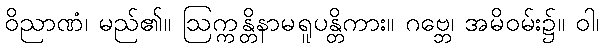
ဝိညာဏံ၊ မည်၏။ ဩက္ကန္တိနာမရူပန္တိကား။ ဂဗ္ဘေ၊ အမိဝမ်း၌။ ဝါ၊